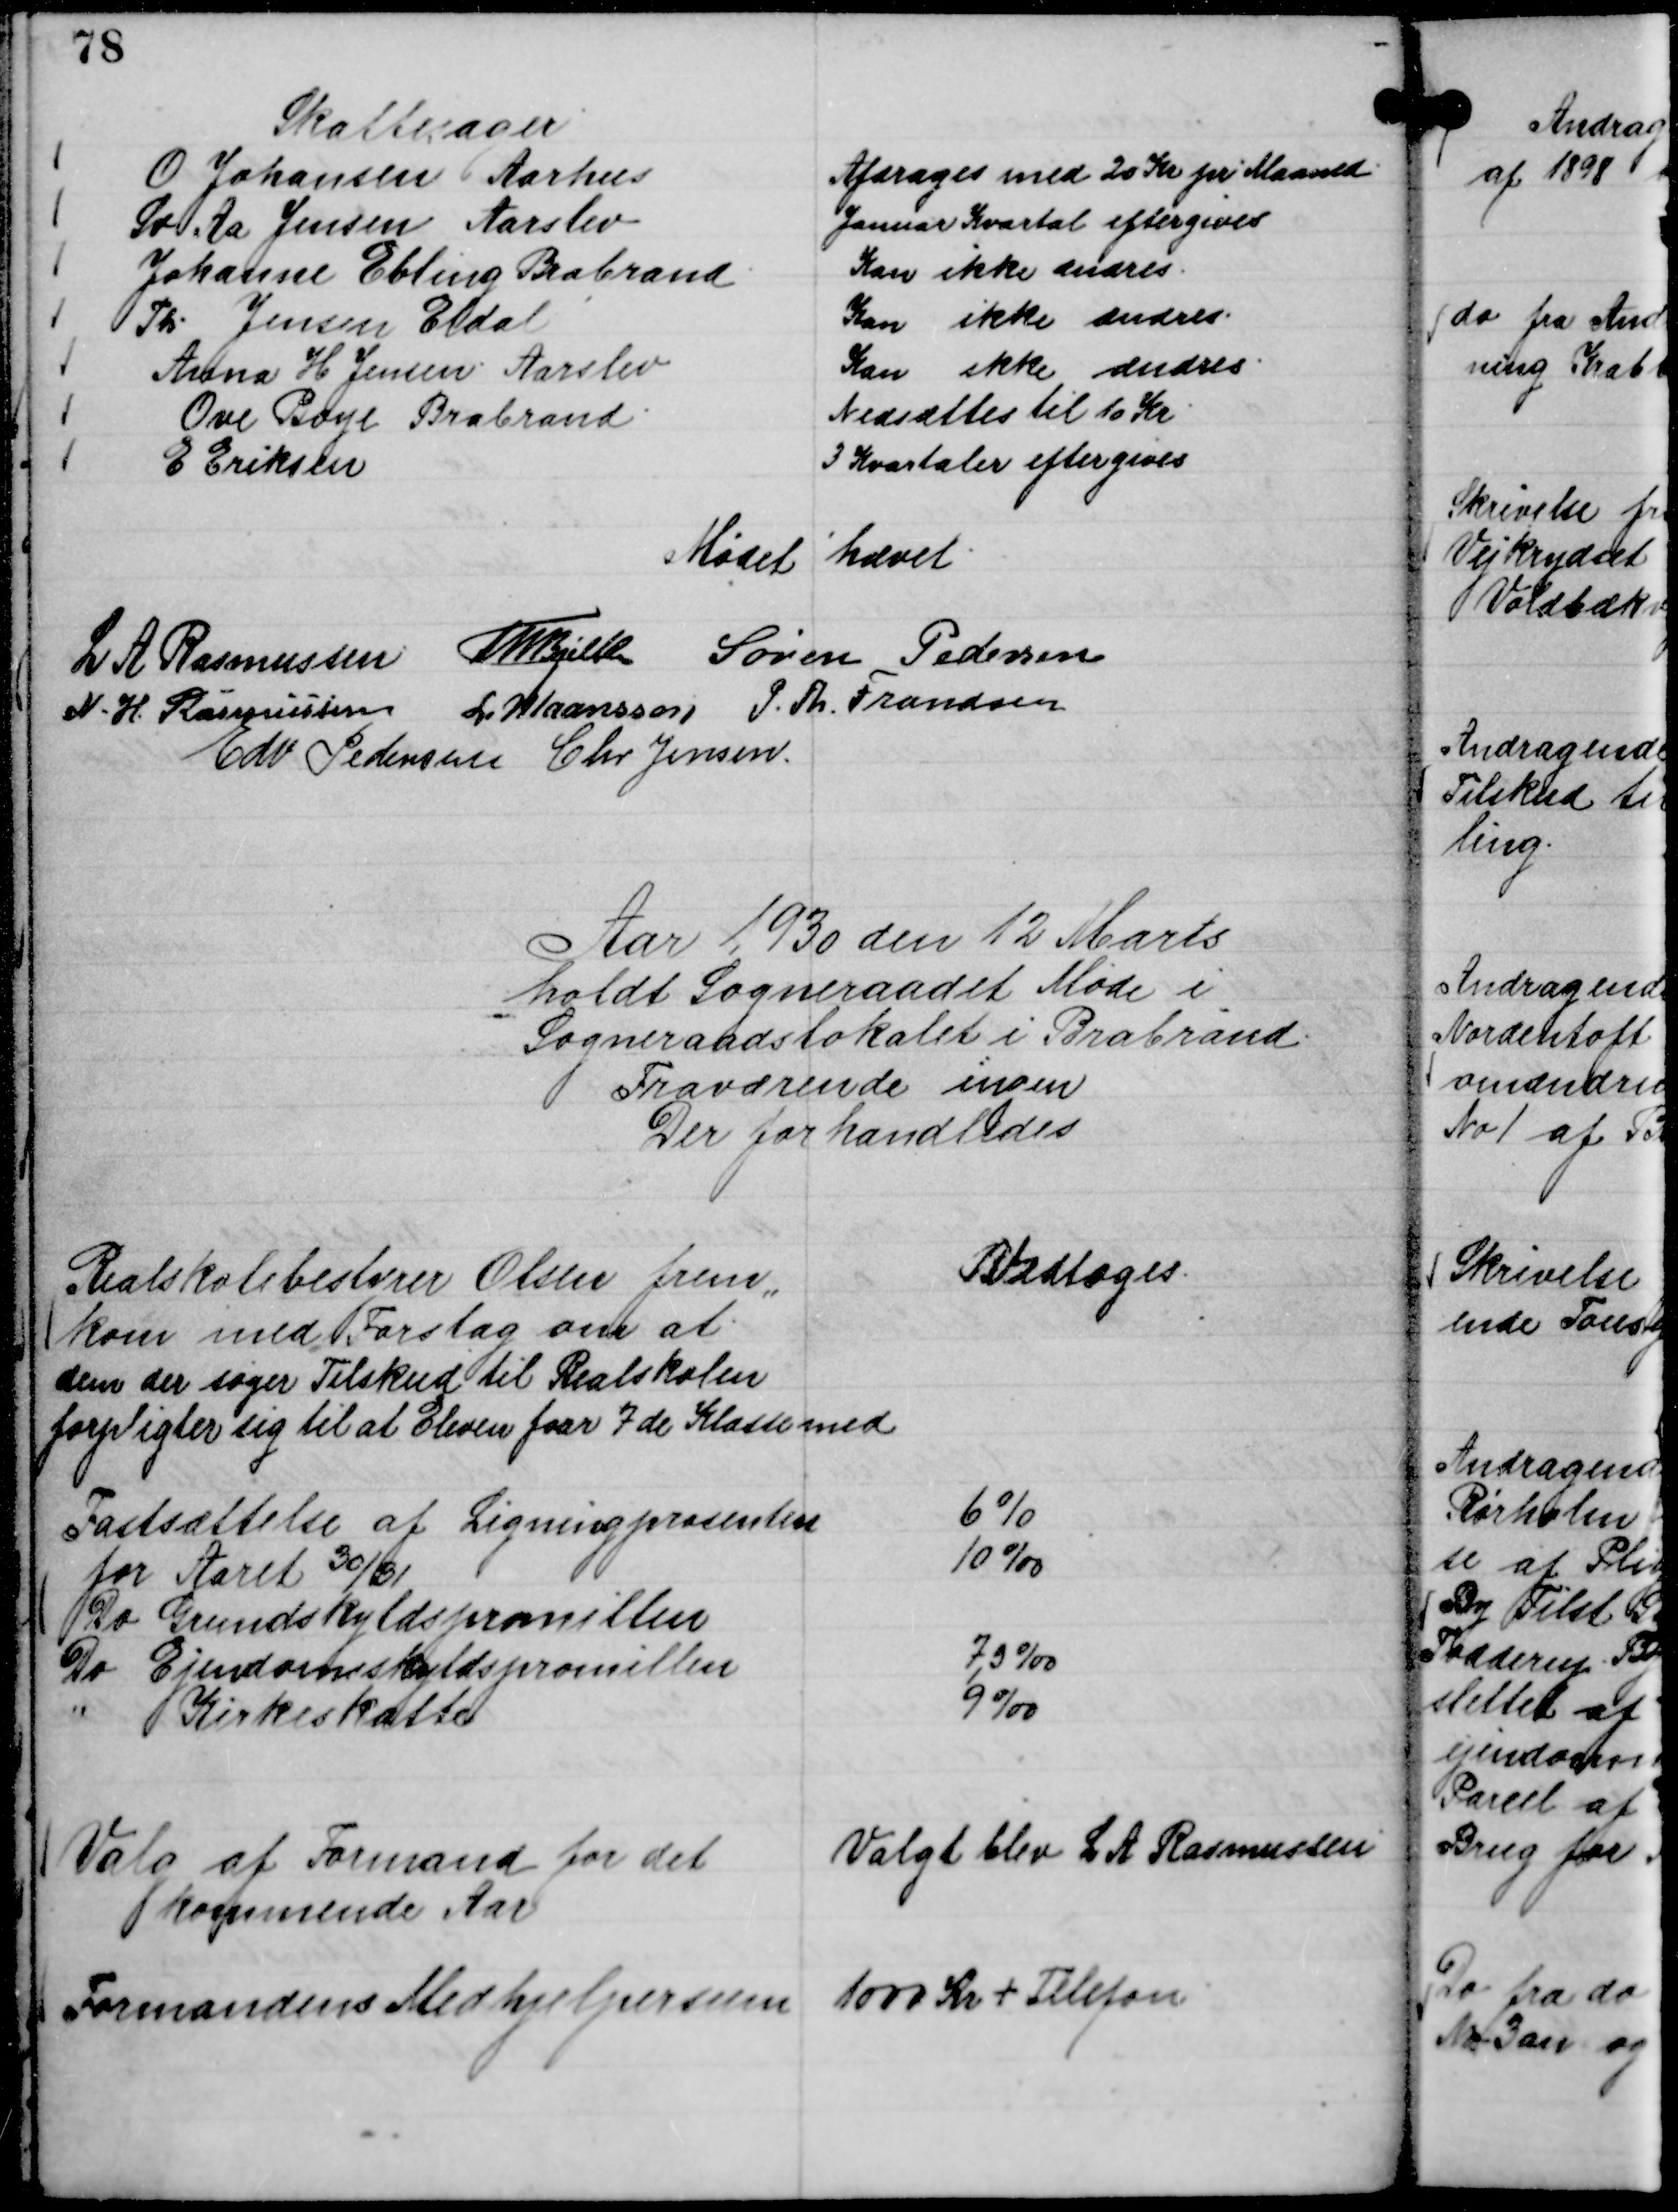
Transskription:
Skattesager
O Johansen Aarslev
Afdrages med 20 Kr pr Maaned.
Sv Aa Jensen Aarslev
Januar Kvartal eftergives
Johanne Ebling Brabrand
Kan ikke ændres.
Th. Jensen Eldal
Kan ikke ændres.
Anna H Jensen Aarslev
Kan ikke ændres.
Ove Boye Brabrand.
Nedsættes til 10 Kr.
E Eriksen
3 Kvartaler eftergives

Mødet hævet.
L A Rasmussen
Th Bjelke
Søren Pedersen
N. H. Rasmussen
L Maansson
P. Th. Frandsen
Edv Pedersen
Chr Jensen.

Aar 1930 den 12 Marts
holdt Sogneraadet Møde i
Sogneraadslokalet i Brabrand.
Fraværende ingen
Der forhandledes

Realskolebestyrer Olsen frem,,
kom med Forslag om at
dem der søger Tilskud til Realskolen
forpligter sig til at Eleven faar 7 de KLasse med

Vedtoges.

Fastsættelse af Ligningsprocenten
for Aaret 30/31
6 %
Do Grundskyldspromillen
10 o/oo
Do Ejendomskyldspromillen
7,3 o/oo
" Kirkeskatte
9 o/oo

Valg af Formand for det
kommende Aar

Valgt blev L A Rasmussen

Formandens Medhjælpersum

1000 Kr + Telefon